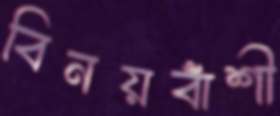
বিনয়বাঁশী